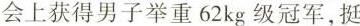
会上获得男子举重62kg级冠军，挺